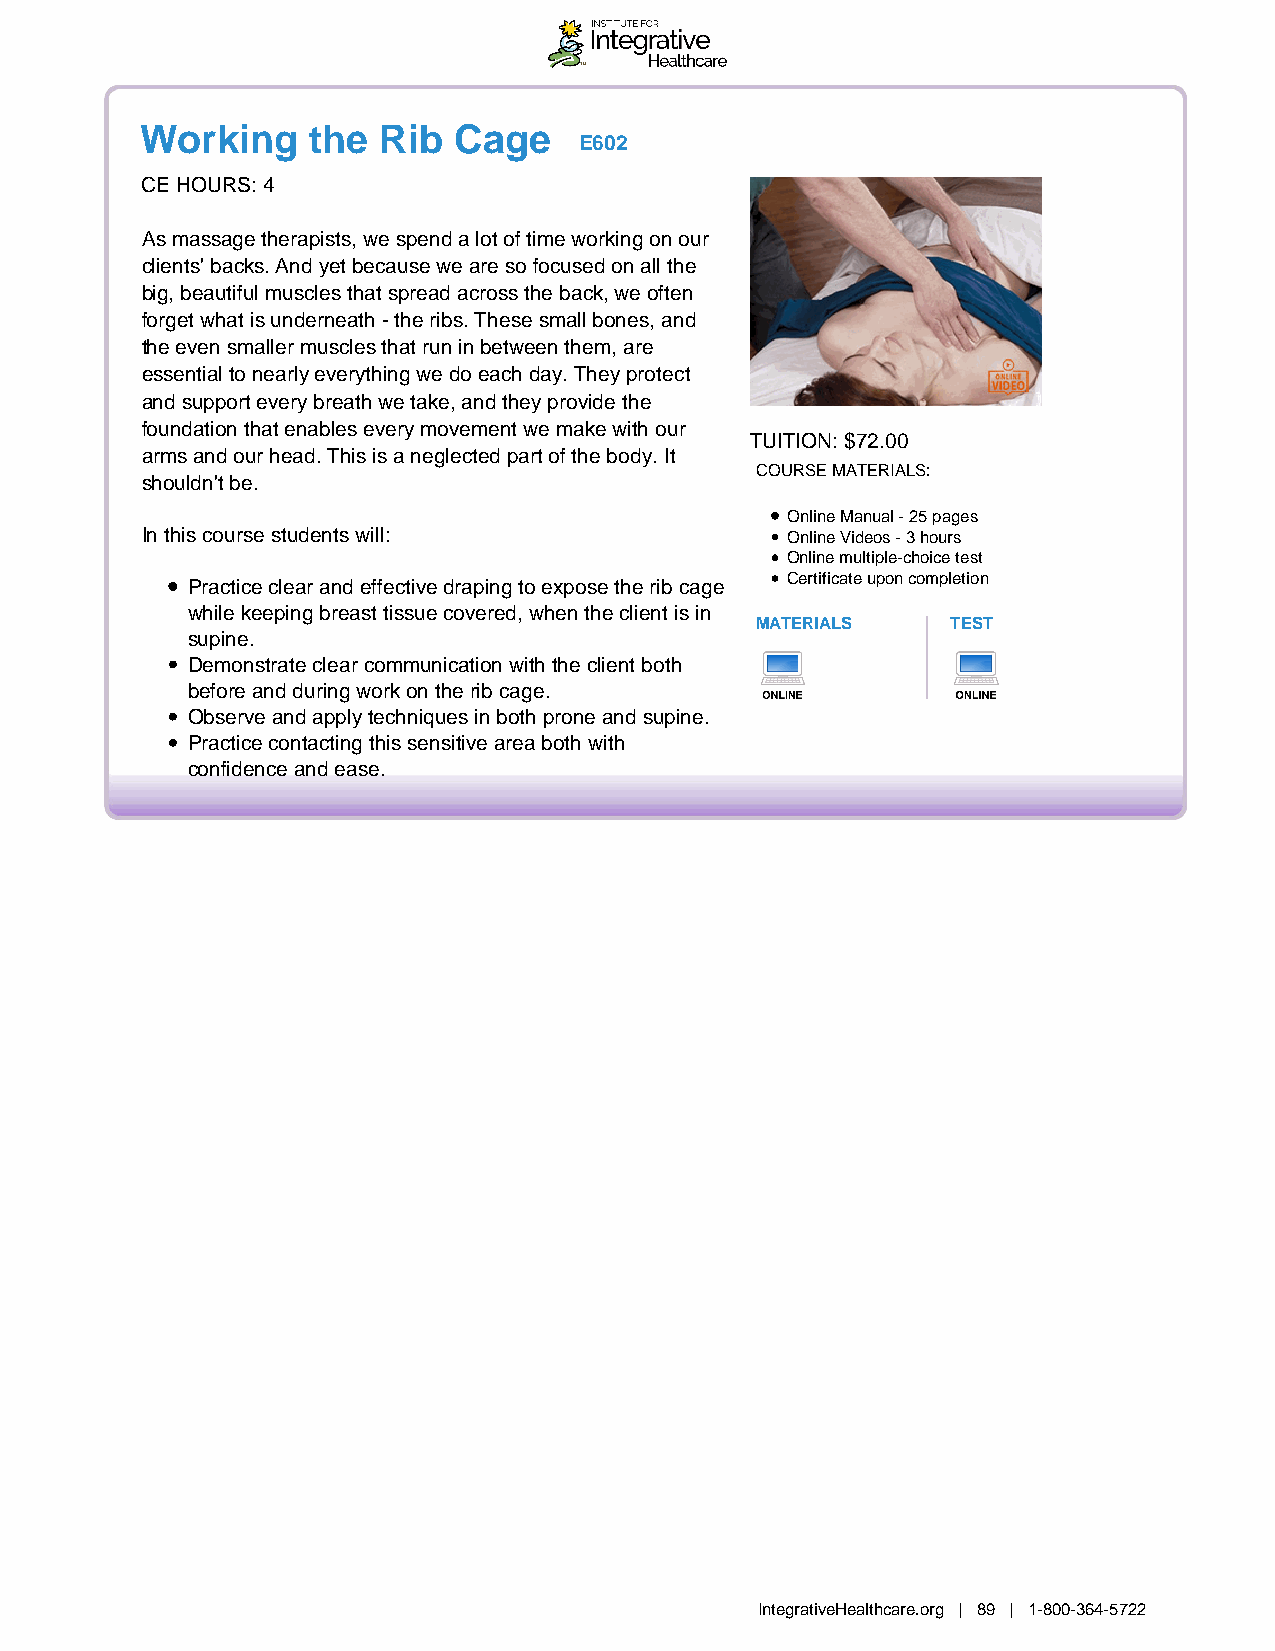
Working    the  Rib  Cage
 E602
 CE HOURS: 4
 As massage therapists, we spend a lot of time working on our
 clients' backs. And yet because we are so focused on all the
 big, beautiful muscles that spread across the back, we often
 forget what is underneath - the ribs. These small bones, and
 the even smaller muscles that run in between them, are
 essential to nearly everything we do each day. They protect
 and support every breath we take, and they provide the
 foundation that enables every movement we make with our
 TUITION: $72.00
 arms and our head. This is a neglected part of the body. It
 COURSE MATERIALS:
 shouldn't be.
 Online Manual - 25 pages
 In this course students will:              Online Videos - 3 hours
 Online multiple-choice test
 Practice clear and effective draping to expose the rib cage Certificate upon completion
 while keeping breast tissue covered, when the client is in
 MATERIALS    TEST
 supine.
 Demonstrate clear communication with the client both
 before and during work on the rib cage.
 Observe and apply techniques in both prone and supine.
 Practice contacting this sensitive area both with
 confidence and ease.
 IntegrativeHealthcare.org | 89 | 1-800-364-5722